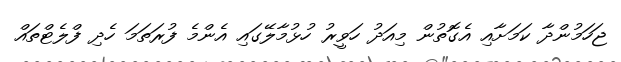
ޖަހަމުންދާ ކަމަށާއި އެގޮތުން މިއަދު ހަވީރު ހުޅުމާލޭގައި އެންމެ ފުރަތަމަ ހެދި ފްލެޓްތައް